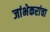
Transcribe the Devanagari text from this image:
जांभेकरांचा